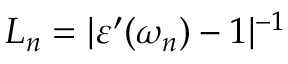
L _ { n } = | \varepsilon ^ { \prime } ( \omega _ { n } ) - 1 | ^ { - 1 }